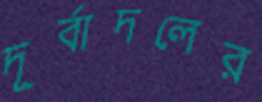
দূর্বাদলের